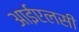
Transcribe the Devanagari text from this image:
आईएलसी